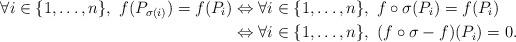
LaTeX: \begin{align*}\forall i \in \{1,\dots,n\},~ f(P_{\sigma(i)}) = f(P_i) & \Leftrightarrow \forall i \in \{1,\dots,n\},~ f \circ \sigma(P_i) = f(P_i)\\& \Leftrightarrow \forall i \in \{1,\dots,n\},~ (f \circ \sigma - f)(P_i) = 0.\end{align*}